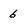
Character: 6